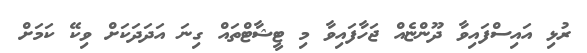
ރުޅި އައިސްފައިވާ ދޫންޏެއް ޖަހާފައިވާ މި ޓީޝާޓްތައް ގިނަ އަދަދަކަށް ވިކޭ ކަމަށް